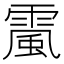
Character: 𩄏